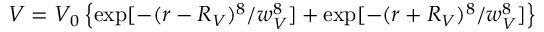
V = V _ { 0 } \left\{ \exp [ - ( r - R _ { V } ) ^ { 8 } / w _ { V } ^ { 8 } ] + \exp [ - ( r + R _ { V } ) ^ { 8 } / w _ { V } ^ { 8 } ] \right\}